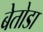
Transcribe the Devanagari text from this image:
बेतोडा